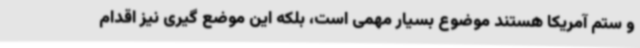
و ستم آمریکا هستند موضوع بسیار مهمی است، بلکه این موضع گیری نیز اقدام